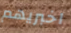
اخبريهم